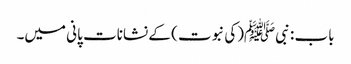
باب : نبیﷺ(کی نبوت ) کے نشانات پانی میں۔